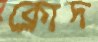
ক্লোদ